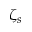
\zeta _ { s }